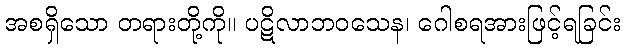
အစရှိသော တရားတို့ကို။ ပဋိလာဘဝသေန၊ ဂေါစရအားဖြင့်ရခြင်း